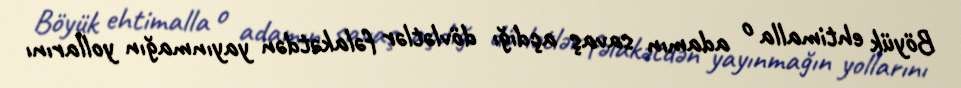
Böyük ehtimalla o adamın savaş açdığı dövlətlər fəlakətdən yayınmağın yollarını